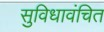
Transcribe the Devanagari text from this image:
सुविधावंचित